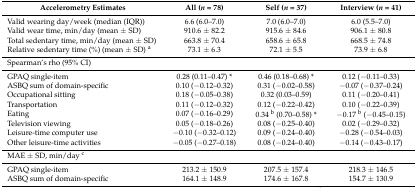
<table><thead><tr><td><b>Accelerometry Estimates</b></td><td><b>All (<i>n</i> = 78)</b></td><td><b>Self (<i>n</i> = 37)</b></td><td><b>Interview (<i>n</i> = 41)</b></td></tr></thead><tbody><tr><td>Valid wearing day/week (median (IQR))</td><td>6.6 (6.0–7.0)</td><td>7.0 (6.0–7.0)</td><td>6.0 (5.5–7.0)</td></tr><tr><td>Valid wear time, min/day (mean ± SD)</td><td>910.6 ± 82.2</td><td>915.6 ± 84.6</td><td>906.1 ± 80.8</td></tr><tr><td>Total sedentary time, min/day (mean ± SD)</td><td>663.8 ± 70.4</td><td>658.6 ± 65.8</td><td>668.5 ± 74.8</td></tr><tr><td>Relative sedentary time (%) (mean ± SD) <sup>a</sup></td><td>73.1 ± 6.3</td><td>72.1 ± 5.5</td><td>73.9 ± 6.8</td></tr><tr><td>Spearman’s rho (95% CI)</td><td></td><td></td><td></td></tr><tr><td>GPAQ single-item</td><td>0.28 (0.11–0.47) *</td><td>0.46 (0.18–0.68) *</td><td>0.12 (−0.11–0.33)</td></tr><tr><td>ASBQ sum of domain-specific</td><td>0.10 (−0.12–0.32)</td><td>0.31 (−0.02–0.58)</td><td>−0.07 (−0.37–0.24)</td></tr><tr><td>Occupational sitting</td><td>0.18 (−0.05–0.38)</td><td>0.32 (0.03–0.59)</td><td>0.11 (−0.20–0.41)</td></tr><tr><td>Transportation</td><td>0.11 (−0.12–0.32)</td><td>0.12 (−0.22–0.42)</td><td>0.10 (−0.22–0.39)</td></tr><tr><td>Eating</td><td>0.07 (−0.16–0.29)</td><td>0.34 <sup>b</sup> (0.70–0.58) *</td><td>−0.17 <sup>b</sup> (−0.45–0.15)</td></tr><tr><td>Television viewing</td><td>0.05 (−0.18–0.26)</td><td>0.08 (−0.25–0.40)</td><td>0.02 (−0.29–0.32)</td></tr><tr><td>Leisure-time computer use</td><td>−0.10 (−0.32–0.12)</td><td>0.09 (−0.24–0.40)</td><td>−0.28 (−0.54–0.03)</td></tr><tr><td>Other leisure-time activities</td><td>−0.05 (−0.27–0.18)</td><td>0.08 (−0.24–0.40)</td><td>−0.14 (−0.43–0.17)</td></tr><tr><td>MAE ± SD, min/day <sup>c</sup></td><td></td><td></td><td></td></tr><tr><td>GPAQ single-item</td><td>213.2 ± 150.9</td><td>207.5 ± 157.4</td><td>218.3 ± 146.5</td></tr><tr><td>ASBQ sum of domain-specific</td><td>164.1 ± 148.9</td><td>174.6 ± 167.8</td><td>154.7 ± 130.9</td></tr></tbody></table>